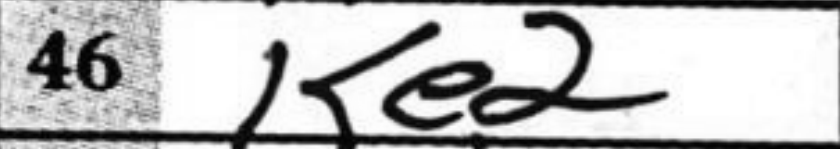
Transcription: Ke2